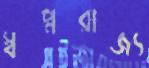
স্বপ্নরাজ্য